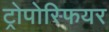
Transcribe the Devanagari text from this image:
ट्रोपोस्फियर